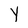
Character: Y